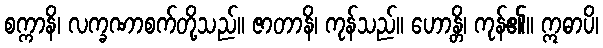
စက္ကာနိ၊ လက္ခဏာစက်တို့သည်။ ဇာတာနိ၊ ကုန်သည်။ ဟောန္တိ၊ ကုန်၏။ ဣဓာပိ၊